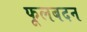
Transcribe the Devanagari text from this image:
फूलबदन